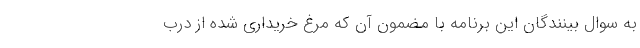
به سوال بینندگان این برنامه با مضمون آن که مرغ خریداری شده از درب